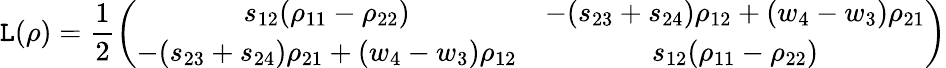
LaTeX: \mathtt{L}(\rho)=\frac{{1}}{{2}}\left(\begin{array}{cc}{s_{12}(\rho_{11}-\rho_{22})}&{-(s_{23}+s_{24})\rho_{12}+(w_{4}-w_{3})\rho_{21}}\\ {-(s_{23}+s_{24})\rho_{21}+(w_{4}-w_{3})\rho_{12}}&{s_{12}(\rho_{11}-\rho_{22})}\end{array}\right)